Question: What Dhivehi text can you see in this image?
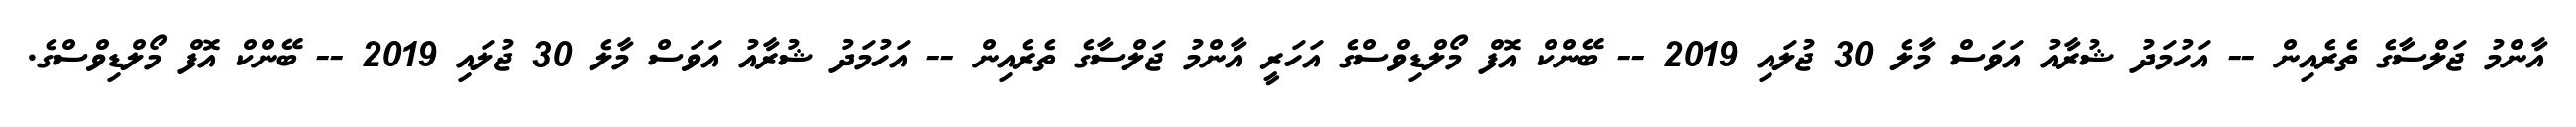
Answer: އާންމު ޖަލްސާގެ ތެރެއިން -- އަހުމަދު ޝުރާއު އަވަސް މާލެ 30 ޖުލައި 2019 -- ބޭންކް އޮފް މޯލްޑިވްސްގެ އަހަރީ އާންމު ޖަލްސާގެ ތެރެއިން -- އަހުމަދު ޝުރާއު އަވަސް މާލެ 30 ޖުލައި 2019 -- ބޭންކް އޮފް މޯލްޑިވްސްގެ.